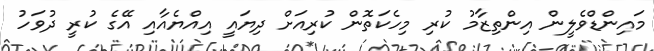
މައިންޑްވެލީން އިންތިޒާމު ކުރި މިހެކަތޮން ކުރިއަށް ދިޔައީ އިއްޔެއާއި އޭގެ ކުރީ ދުވަހު